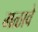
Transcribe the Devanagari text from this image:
मळावे